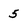
Character: 5